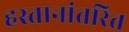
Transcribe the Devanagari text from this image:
हस्तानांतरित